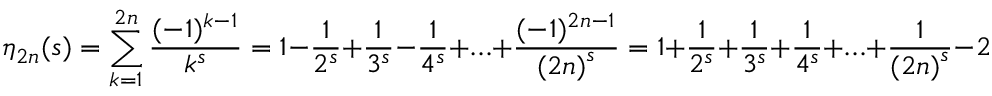
\eta _ { 2 n } ( s ) = \sum _ { k = 1 } ^ { 2 n } { \frac { ( - 1 ) ^ { k - 1 } } { k ^ { s } } } = 1 - { \frac { 1 } { 2 ^ { s } } } + { \frac { 1 } { 3 ^ { s } } } - { \frac { 1 } { 4 ^ { s } } } + \ldots + { \frac { ( - 1 ) ^ { 2 n - 1 } } { { ( 2 n ) } ^ { s } } } = 1 + { \frac { 1 } { 2 ^ { s } } } + { \frac { 1 } { 3 ^ { s } } } + { \frac { 1 } { 4 ^ { s } } } + \ldots + { \frac { 1 } { { ( 2 n ) } ^ { s } } } - 2 \left( { \frac { 1 } { 2 ^ { s } } } + { \frac { 1 } { 4 ^ { s } } } + \ldots + { \frac { 1 } { { ( 2 n ) } ^ { s } } } \right)